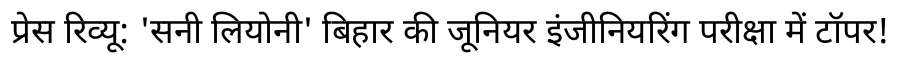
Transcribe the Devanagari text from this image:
प्रेस रिव्यू: 'सनी लियोनी' बिहार की जूनियर इंजीनियरिंग परीक्षा में टॉपर!